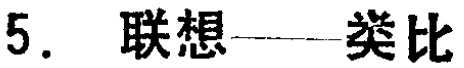
5. 联想——类比